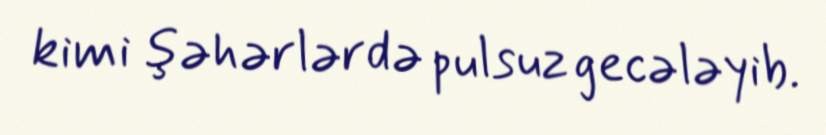
kimi şəhərlərdə pulsuz gecələyib.